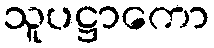
သူပဋ္ဌာကော